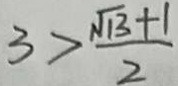
3 > \frac { \sqrt { 1 3 } + 1 } { 2 }